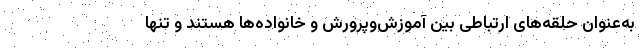
به‌عنوان حلقه‌های ارتباطی بین آموزش‌وپرورش و خانواده‌ها هستند و تنها